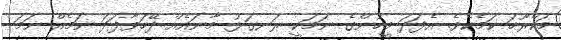
މަކްރޫހަ ކަމެކެވެ. އެފަދަ މީހުންގެ ނަމަކީ ރަނގަޅު މާނައެއް ދޭހަވާފަދަ ނަމެއް ނަމަ